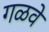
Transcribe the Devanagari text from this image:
गळवे